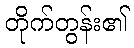
တိုက်တွန်း၏